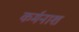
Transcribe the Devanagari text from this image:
कर्मनाश